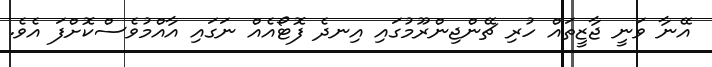
އޭނާ ވަނީ ޖާޒީތައް ހުރި ޗޭންޖިންރޫމުގައި އިނދެ ފޮޓޯއެއް ނަގައި އާއްމުވެސްކޮށްފަ އެވެ.